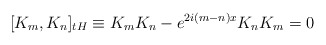
\begin{align*}\lbrack K_{m},K_{n}]_{tH}\equiv K_{m}K_{n}-e^{2i(m-n)x}K_{n}K_{m}=0\end{align*}